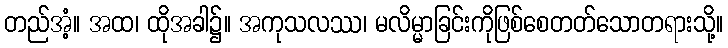
တည်အံ့။ အထ၊ ထိုအခါ၌။ အကုသလဿ၊ မလိမ္မာခြင်းကိုဖြစ်စေတတ်သောတရားသို့။